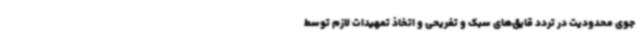
جوی محدودیت در تردد قایق‌های سبک و تفریحی و اتخاذ تمهیدات لازم توسط